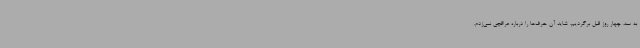
به سه، چهار روز قبل برگردیم، شاید آن حرف‌ها را درباره عراقچی نمی‌زدم.